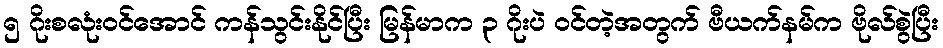
၅ ဂိုးစလုံးဝင်အောင် ကန်သွင်းနိုင်ပြီး မြန်မာက ၃ ဂိုးပဲ ဝင်တဲ့အတွက် ဗီယက်နမ်က ဗိုလ်စွဲပြီး